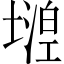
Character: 𡐘